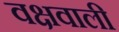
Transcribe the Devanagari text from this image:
वक्षवाली